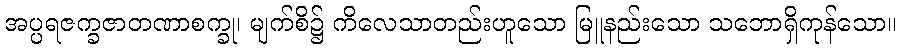
အပ္ပရဇက္ခဇာတဏာစက္ခု၊ မျက်စိ၌ ကိလေသာတည်းဟူသော မြူနည်းသော သဘောရှိကုန်သော။